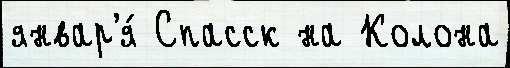
январ'я́ Спасск на Колона